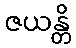
ဇယန္တိ